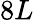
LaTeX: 8L